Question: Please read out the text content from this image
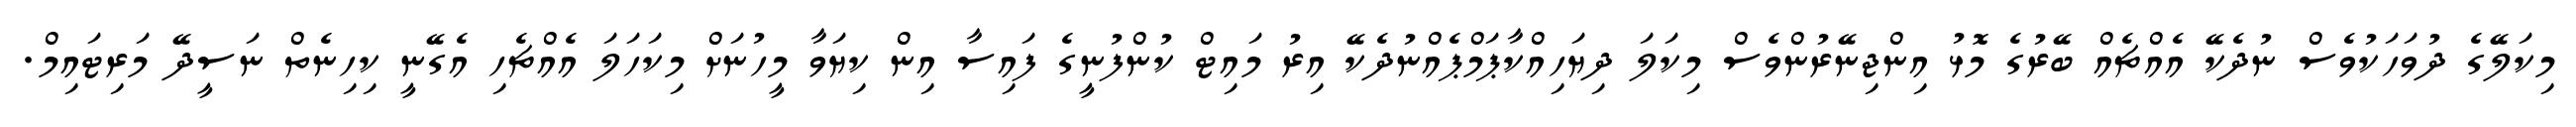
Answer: މިކަލޭގެ ދުވަހަކުވެސް ނުދެކޭ އެއްޗެއް ބޭރުގެ މޮޅު އިންޖިނޭރުންވެސް މިކަލަ ދިޔަހިއްކާޕަމްޕެއްނުދެކޭ އިރު މައިޓް ކުންފުނީގެ ފައިސާ އިން ކިޔަވާ މީހުނަށް މިކަހަލަ އެއްޗެހި އެގޭނީ ކިހިނެތް ނަސީދޭ މަރިޓައިމް.